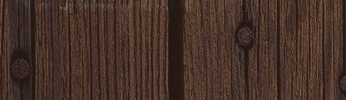
مقهى النيل يقدم وجبات خفي